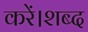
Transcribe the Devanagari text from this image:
करें।शब्द